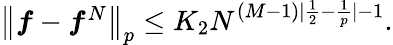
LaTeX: \begin{array}{r}{\big\| \boldsymbol{f}-\boldsymbol{f}^{N}\big\| _{p}\leq K_{2}N^{(M-1)|\frac{1}{2}-\frac{1}{p}|-1}.}\end{array}